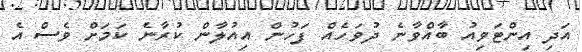
އަދި އިންޓަވިއު ބާއްވާނެ ދުވަހެއް ފަހުން އިއުލާން ކުރާނެ ކަމަށް ވެސް އެ